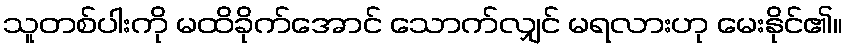
သူတစ်ပါးကို မထိခိုက်အောင် သောက်လျှင် မရလားဟု မေးနိုင်၏။